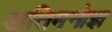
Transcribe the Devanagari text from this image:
अतिमनोज्ञ